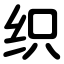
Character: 织